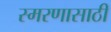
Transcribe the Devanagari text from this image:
स्मरणासाठी